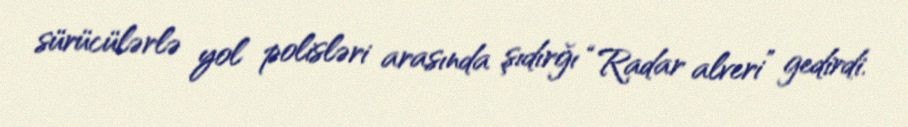
sürücülərlə yol polisləri arasında şıdırğı “Radar alveri” gedirdi.